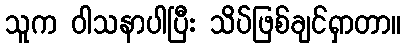
သူက ဝါသနာပါပြီး သိပ်ဖြစ်ချင်ရှာတာ။